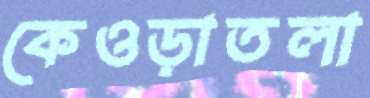
কেওড়াতলা